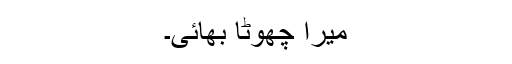
میرا چھوٹا بھائی۔